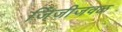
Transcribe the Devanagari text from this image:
जिंजीजवळ